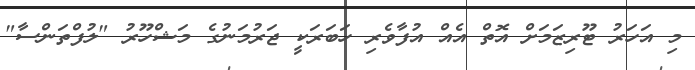
މި އަހަރު ޓޫރިޒަމަށް އޮތް އެއް އުފާވެރި ހަބަރަކީ ޖަރުމަނުގެ މަޝްހޫރު "ލުފްތަންސާ"